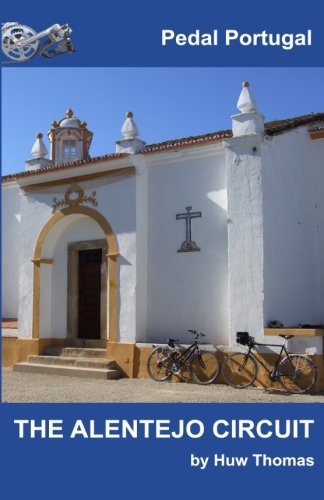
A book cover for The Alentejo Circuit (Pedal Portugal Tours & Day Rides) (Volume 1); Huw Thomas; Travel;